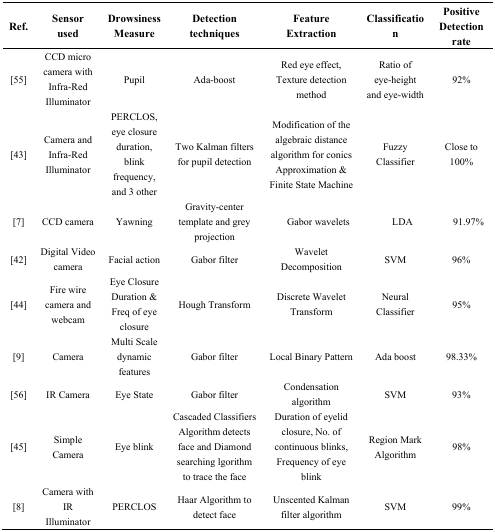
| Ref. | Sensor used | Drowsiness Measure | Detection techniques | Feature Extraction | Classification | Positive Detection rate |
 | --- | --- | --- | --- | --- | --- | --- |
 | [55] | CCD micro camera with Infra-Red Illuminator | Pupil | Ada-boost | Red eye effect, Texture detection method | Ratio of eye-height and eye-width | 92% |
 | [43] | Camera and Infra-Red Illuminator | PERCLOS, eye closure duration, blink frequency, and 3 other | Two Kalman filters for pupil detection | Modification of the algebraic distance algorithm for conics Approximation & Finite State Machine | Fuzzy Classifier | Close to 100% |
 | [7] | CCD camera | Yawning | Gravity-center template and grey projection | Gabor wavelets | LDA | 91.97% |
 | [42] | Digital Video camera | Facial action | Gabor filter | Wavelet Decomposition | SVM | 96% |
 | [44] | Fire wire camera and webcam | Eye Closure Duration & Freq of eye closure | Hough Transform | Discrete Wavelet Transform | Neural Classifier | 95% |
 | [9] | Camera | Multi Scale dynamic features | Gabor filter | Local Binary Pattern | Ada boost | 98.33% |
 | [56] | IR Camera | Eye State | Gabor filter | Condensation algorithm | SVM | 93% |
 | [45] | Simple Camera | Eye blink | Cascaded Classifiers Algorithm detects face and Diamond searching lgorithm to trace the face | Duration of eyelid closure, No. of continuous blinks, Frequency of eye blink | Region Mark Algorithm | 98% |
 | [8] | Camera with IR Illuminator | PERCLOS | Haar Algorithm to detect face | Unscented Kalman filter algorithm | SVM | 99% |